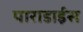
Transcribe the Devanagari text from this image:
पाराडाईस